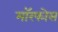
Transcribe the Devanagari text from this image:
मॉरफोस